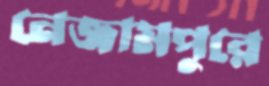
নেজামপুরে